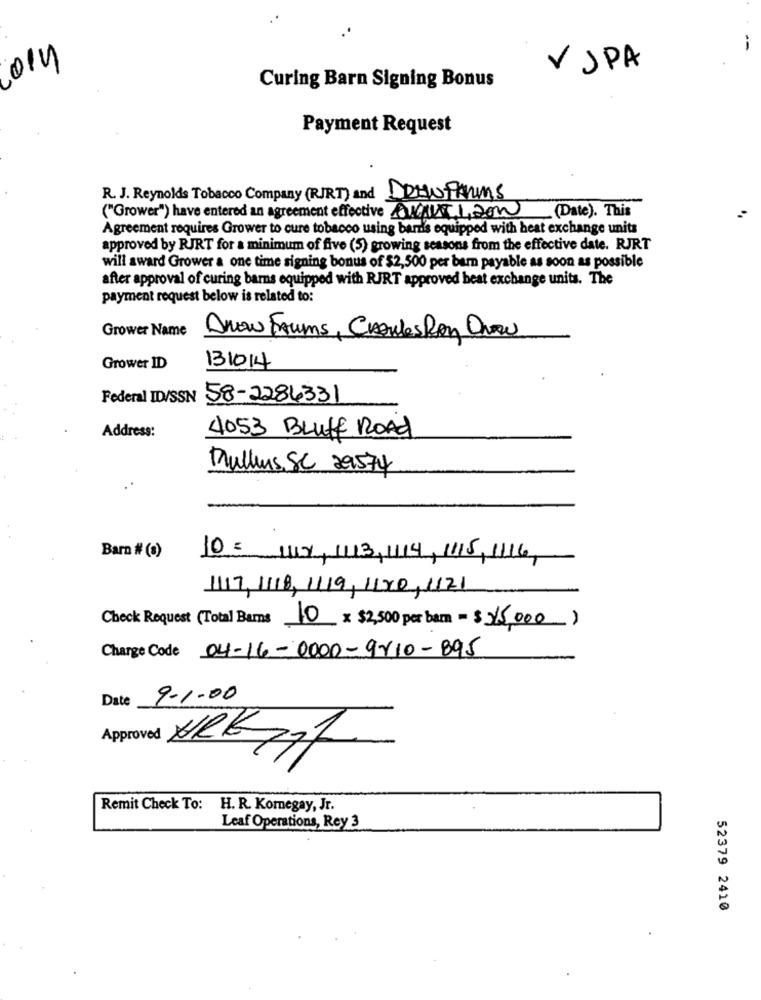
014
VJPA
Curing Barn Signing Bonus
Payment Request
R. J. Reynolds Tobacco Company (R/RT) and DRAUFARMS
("Grower") have entered an agreement effective AVVII,200
(Date). This
Agreement requires Grower to cure tobacco using barris equipped with heat exchange units
approved by RJRT for a minimum of five (5) growing seasons from the effective date. RJRT
will award Grower a one time signing bonus of $2,500 per bem payable as soon as possible
after approval of curing barns equipped with RJRT approved beat exchange units. The
payment request below is related to:
Grower Name
Drow Frums, Croules Ron Drow
Grower ID
131014
Federal ID/SSN 58-2286331
Address:
4053 BLUff Road
Mullens, SC 29574
Barn # (a)
10 :
1108, 1113,14, 1115, 1116,
1117, 1118, 1119, 11X0, 1121
Check Request (Total Barns 10 x $2,500 per barn = $ 15,000)
Charge Code 04-16-0000-9-110-895
Date
9-1.00
Aproves ARE 77
Remit Check To: H. R. Kommegay, Jr.
Leaf Operations, Rey 3
52379 2410